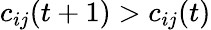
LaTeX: c_{ij}(t+1)>c_{ij}(t)